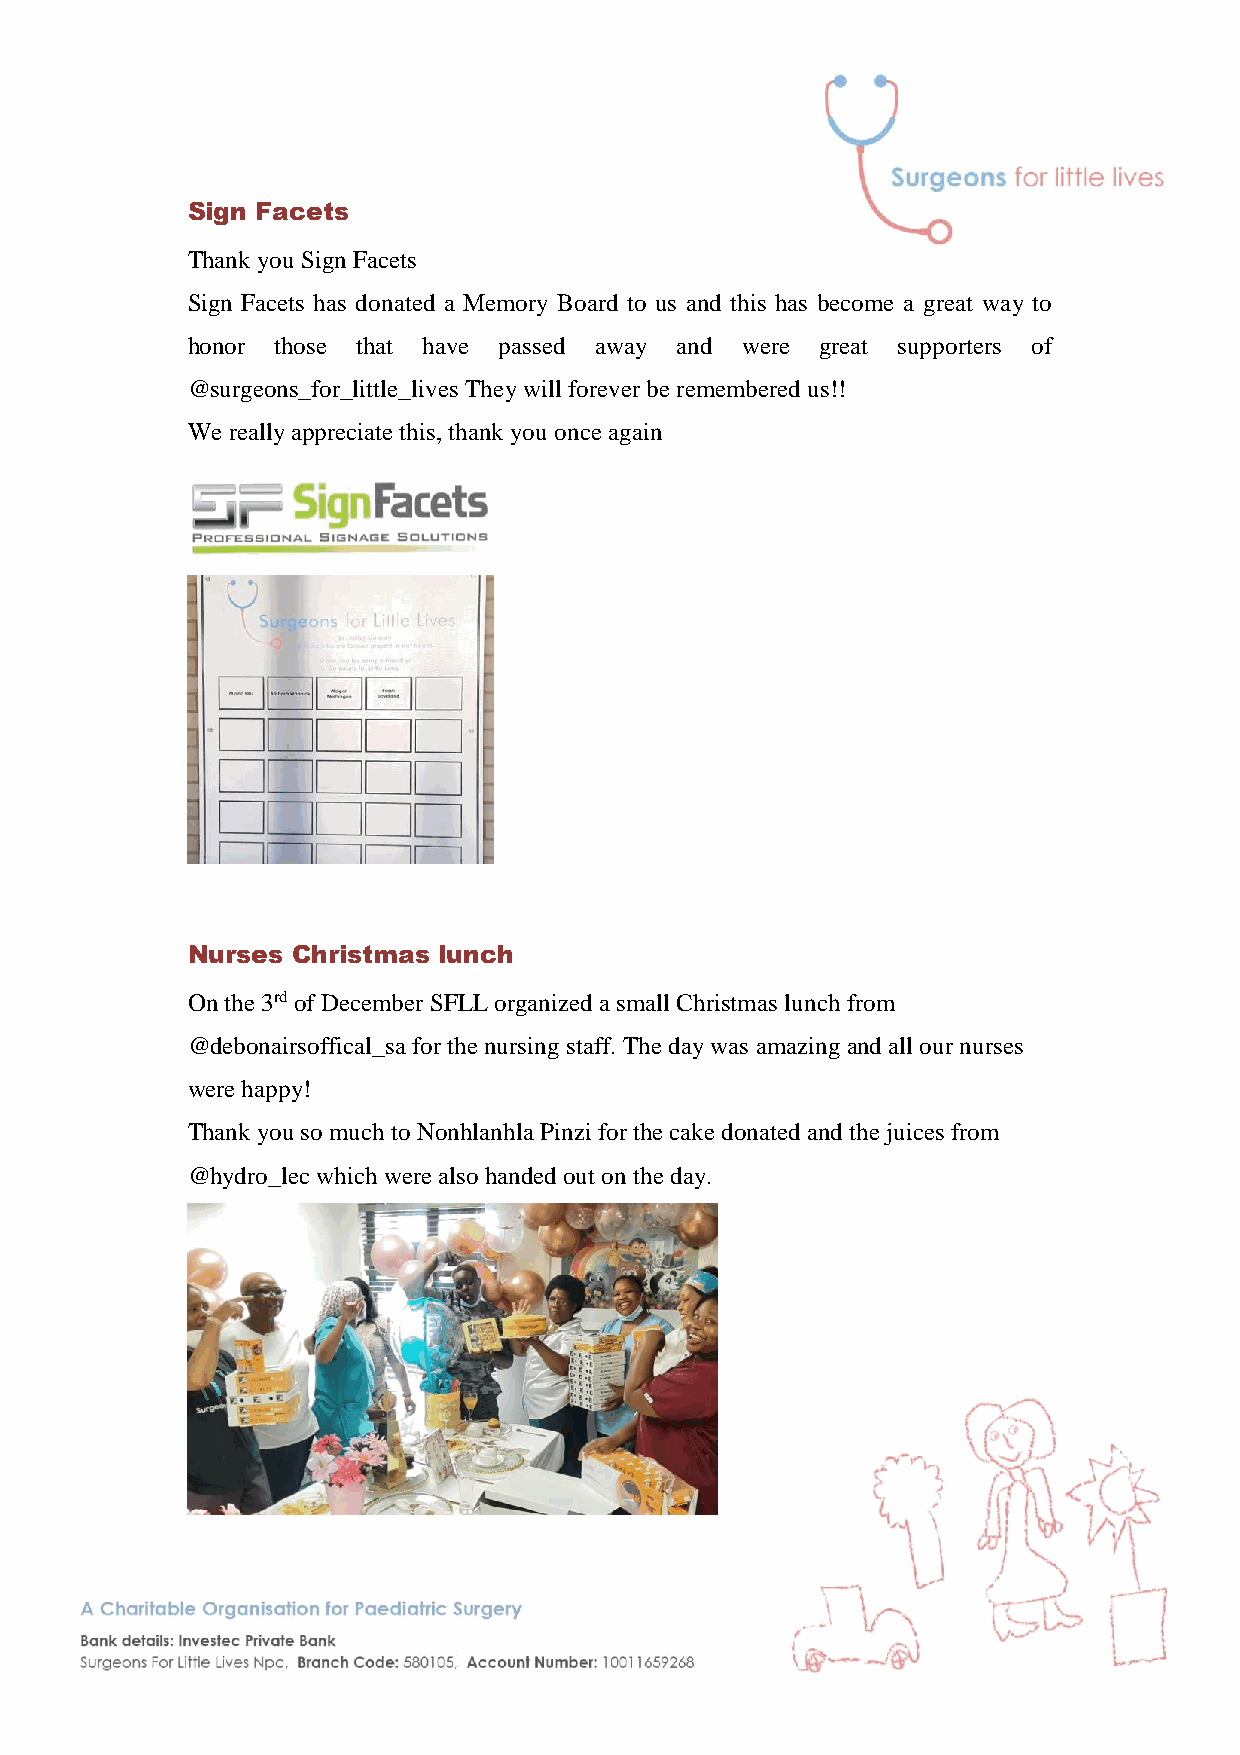
Sign Facets
 Thank you Sign Facets
 Sign Facets has donated a Memory Board to us and this has become a great way to
 honor those that have passed away and were great supporters of
 @surgeons_for_little_lives They will forever be remembered us!!
 We really appreciate this, thank you once again
 Nurses Christmas lunch
 On the 3rd of December SFLL organized a small Christmas lunch from
 @debonairsoffical_sa for the nursing staff. The day was amazing and all our nurses
 were happy!
 Thank you so much to Nonhlanhla Pinzi for the cake donated and the juices from
 @hydro_lec which were also handed out on the day.